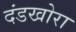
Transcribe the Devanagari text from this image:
दंडखोरा